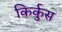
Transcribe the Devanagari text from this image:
किर्कुस